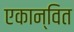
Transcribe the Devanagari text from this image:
एकान्वित